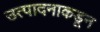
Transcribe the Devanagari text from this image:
उत्पादनाकडून